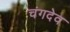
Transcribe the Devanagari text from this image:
चंगदेव